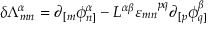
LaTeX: \delta { \Lambda } _ { m n } ^ { \alpha } = \partial _ { [ m } \phi _ { n ] } ^ { \alpha } - { \cal L } ^ { \alpha \beta } \varepsilon _ { m n } ^ { ~ ~ ~ p q } \partial _ { [ p } \phi _ { q ] } ^ { \beta }